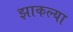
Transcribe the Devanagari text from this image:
झाकल्या